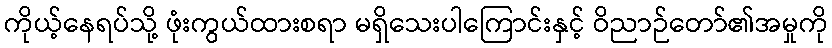
ကိုယ့်နေရပ်သို့ ဖုံးကွယ်ထားစရာ မရှိသေးပါကြောင်းနှင့် ဝိညာဉ်တော်၏အမှုကို